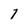
Character: 1